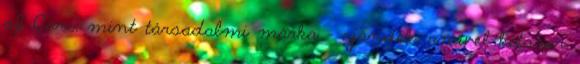
of Care, mint társadalmi márka - ajándék, amivel kétszer